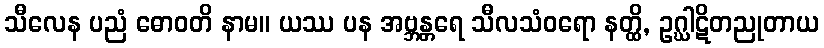
သီလေန ပညံ ဓောဝတိ နာမ။ ယဿ ပန အဗ္ဘန္တရေ သီလသံဝရော နတ္ထိ, ဥဂ္ဃါဋိတညုတာယ